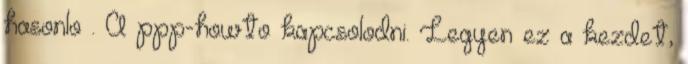
hasonlo . A ppp-howto kapcsolodni. Legyen ez a kezdet,